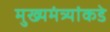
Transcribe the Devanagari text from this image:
मुख्यमंत्र्यांकडे